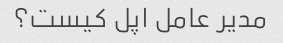
مدیر عامل اپل کیست؟